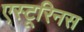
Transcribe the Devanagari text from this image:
एस्टूरिनस